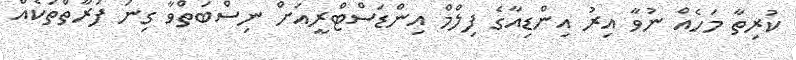
ކުރިތާ މަހެއް ނުވާ އިރު އިންޑިއާގެ ފިލްމް އިންޑަސްޓްރީއަށް ނިސްބަތްވާ ގިނަ ފަރާތްތަކެއް